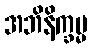
အဘိနိက္ခမ္မ